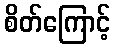
စိတ်ကြောင့်